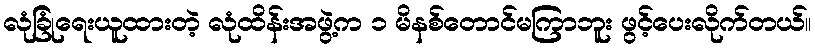
လုံခြုံရေးယူထားတဲ့ လုံထိန်းအဖွဲ့က ၁ မိနစ်တောင်မကြာဘူး ဖွင့်ပေးလိုက်တယ်။